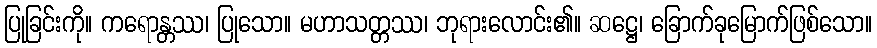
ပြုခြင်းကို။ ကရောန္တဿ၊ ပြုသော။ မဟာသတ္တဿ၊ ဘုရားလောင်း၏။ ဆဋ္ဌေ၊ ခြောက်ခုမြောက်ဖြစ်သော။